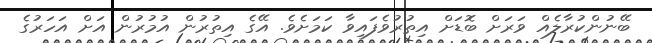
ބޭނުންކުރާލެއް ވަަރަށް ބޮޑަށް އިތުރުވެފައިވާ ކަމަށެވެ. އޭގެ އިތުރުން އުމުރުން އަށް އަހަރުގެ